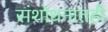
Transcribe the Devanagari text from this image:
संशोधनातही